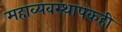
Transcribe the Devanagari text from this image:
महाव्यवस्थापकही